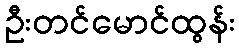
ဦးတင်မောင်ထွန်း